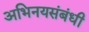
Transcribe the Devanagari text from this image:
अभिनयसंबंधी